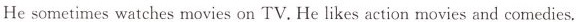
He sometimes watches movies on TV. He likes action movies and comedies.